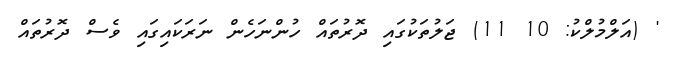
' (އަލްމުލްކު: 10 11) ޖަލުތަކުގައި ދޮރުތައް ހުންނަހެން ނަރަކައިގައި ވެސް ދޮރުތައް